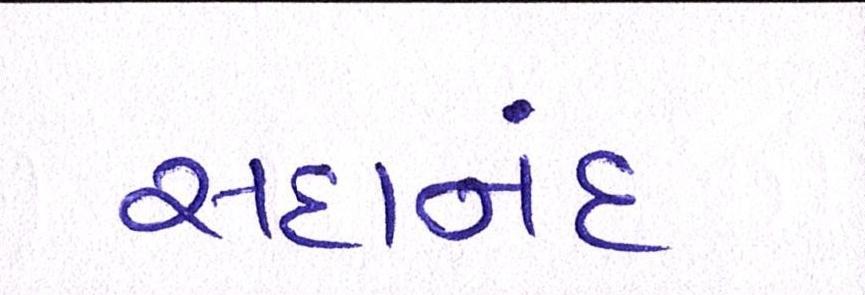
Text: સદાનંદ